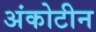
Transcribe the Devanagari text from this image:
अंकोटीन